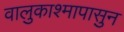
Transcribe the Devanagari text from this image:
वालुकाश्मापासुन